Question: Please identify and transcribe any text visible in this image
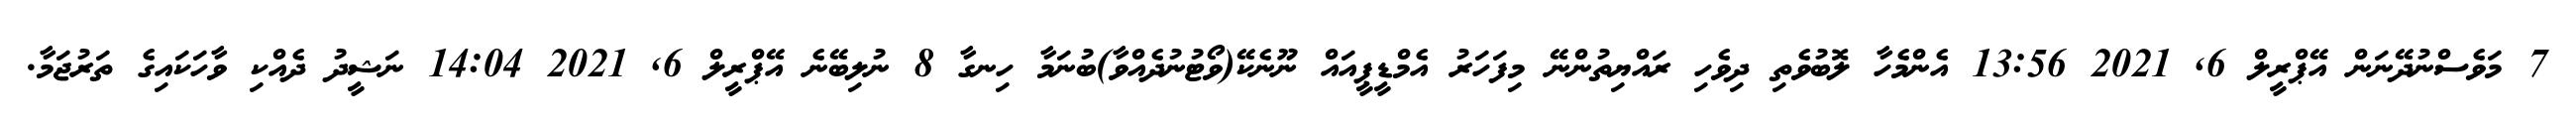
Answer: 7 މަވެސްނުދޭނަން އޭޕްރީލް 6, 2021 13:56 އެންމެހާ ލޮބުވެތި ދިވެހި ރައްޔިތުންނޭ މިފަހަރު އެމްޑީޕީއައް ނޫނެކޭ(ވޯޓުނުދެއްވާ)ބުނަމާ ހިނގާ 8 ނުލިބޭނެ އޭޕްރީލް 6, 2021 14:04 ނަޝީދު ދެއްކި ވާހަކައިގެ ތަރުޖަމާ.